Annual report on the health of the army in India
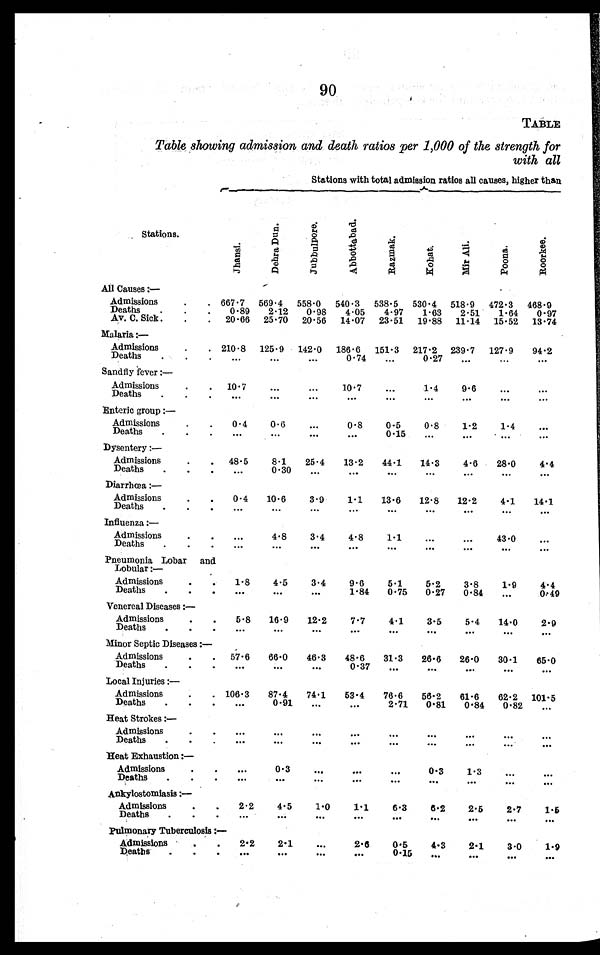
90
TABLE
Table showing admission and death ratios per 1,000 of the strength for
with all
Stations with total admission ratios all causes, higher than
Stations.
J h a n s i .
D e h r a D u n .
J u b b u l p o r e .
A b b o t t a b a d .
R a z m a k .
K o h a t .
M i r A l i .
P o o n a .
R o o r k e e .
All Causes:
—
Admissions . . .
667.7 569.4 558.0 540.3 538.5 530.4 518.9 472.3 468.9
Deaths . . .
0.89 2.12 0.98 4.05 4.97 1.63 2.51 1.64 0.97
23.51 19.88
1 1 . 1 4 15.52 13.74
Av. C. Sick . . .
20.66 25.70 20.56 14.07
Malaria: —
Admissions . . .
210.8 125.9 142.0 186.6 151.3 217.2 239.7 127.9 94.2
Deaths . . .
. . .
. . .
. . .
0.74 . . .
0.27
. . .
. . .
. . .
Sandfly fever:—
Admissions . . .
10.7
. . .
. . .
10.7
. . .
1 . 4
9.6
. . .
. . .
Deaths . . .
. . .
. . .
. . .
. . .
. . .
. . .
. . .
. . .
. . .
Enteric group:
—
Admissions . . .
0.4
0.6
. . . 0.8
0.5
0.8
1 . 2 1.4
. . .
Deaths . . .
. . .
. . .
. . .
. . .
0.15 . . .
. . .
. . .
. . .
Dysentery: —
Admissions . . . 48.5
8.1
25.4 13.2 44.1 14.3
4.6 28.0
4.4
Deaths . . .
. . .
0.30 . . .
. . .
. . .
. . .
. . .
. . . . . .
Diarrhœa: —
Admissions . . . 0.4 10.6
3.9
1.1 13.6 12.8 12.2
4.1 14.1
Deaths . . .
. . .
. . .
. . .
. . .
. . .
. . .
. . .
. . .
. . .
Influenza: —
Admissions . . .
. . .
4.8
3.4
4.8
1.1
. . .
. . . 43.0
. . .
Deaths . . . . . .
. . .
. . .
. . .
. . .
. . .
. . .
. . .
. . .
Pneumonia Lobar and
Lobular: —
Admissions . . . 1.8
4.5
3.4
9.6
5.1
5.2
3.8
1.9
4.4
Deaths . . . . . .
. . .
. . .
1.84 0.75 0.27 0.84
. . . 0.49
Venereal Diseases:
—
Admissions . . .
5.8 16.9 12.2
7.7
4.1
3.5
5.4 14.0
2.9
Deaths . . . . . .
. . .
. . .
. . .
. . .
. . .
. . .
. . .
. . .
Minor Septic Diseases:
—
Admissions . . . 57.6 66.0 46.3 48.6 31.3 26.6 26.0 30.1 65.0
Deaths . . .
. . .
. . .
. . .
0.37
. . .
. . .
. . .
. . .
. . .
Local Injuries:
—
Admissions . . . 106.3 87.4 74.1 53.4 76.6 56.2 61.6 62.2 101.5
Deaths . . .
. . .
0.91
. . .
. . .
2.71 0.81 0.84 0.82
. . .
Heat Strokes:—
Admissions . . .
. . .
. . .
. . .
. . .
. . .
. . .
. . .
. . .
. . .
Deaths . . .
. . .
. . .
. . .
. . .
. . .
. . .
. . .
. . .
. . .
Heat Exhaustion:
—
Admissions . . .
. . .
0.3
. . .
. . .
. . .
0.3
1.3
. . .
. . .
Deaths . . .
. . .
. . .
. . .
. . .
. . .
. . .
. . .
. . .
. . .
Ankylostomiasis:—
Admissions . . .
2.2
4.5
1.0
1 . 1
6.3
6.2
2.5
2.7
1.5
Deaths . . .
. . .
. . .
. . .
. . .
. . .
. . .
. . .
. . .
. . .
Pulmonary Tuberculosis:
—
Admissions . . .
2.2
2.1
. . .
2.6
0.5
4.3
2.1
3.0
1.9
Deaths . . .
. . .
. . .
. . .
. . .
0.15
. . .
. . .
. . .
. . .